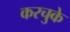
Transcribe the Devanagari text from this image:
करचुके